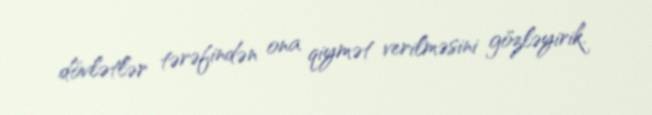
dövlətlər tərəfindən ona qiymət verilməsini gözləyirik.